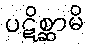
ပဋိစ္ဆာမိ